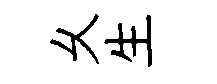
乆生